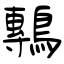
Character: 鷒